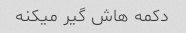
دکمه هاش گیر میکنه